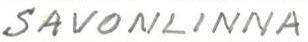
SAVONLINNA